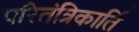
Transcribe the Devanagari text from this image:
परितंत्रिकार्ति